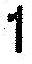
1